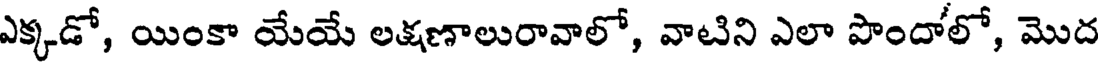
ఎక్కడో, యింకా యేయే లక్షణాలురావాలో, వాటిని ఎలా పొందాలో, మొద